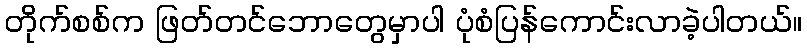
တိုက်စစ်က ဖြတ်တင်ဘောတွေမှာပါ ပုံစံပြန်ကောင်းလာခဲ့ပါတယ်။